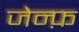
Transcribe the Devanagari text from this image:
जेन्फ़